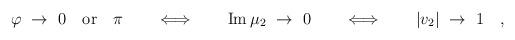
LaTeX: \begin{align*}\varphi\ \to\ 0\quad\textrm{or}\quad\pi\qquad\Longleftrightarrow\qquad\textrm{Im}\,\mu_2\ \to\ 0\qquad\Longleftrightarrow\qquad|v_2|\ \to\ 1 \quad,\end{align*}